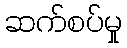
ဆက်စပ်မှု